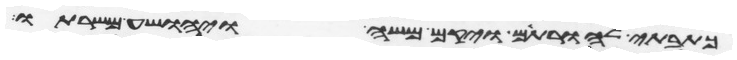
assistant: כתבתי להורתם ויקם משה ויהושע משרתו